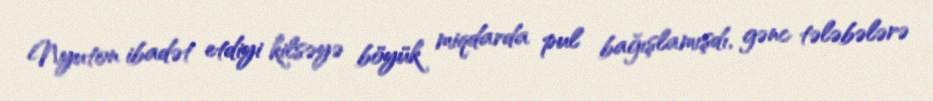
Nyuton ibadət etdiyi kilsəyə böyük miqdarda pul bağışlamışdı, gənc tələbələrə